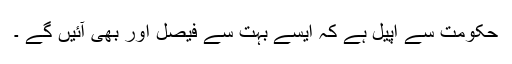
حکومت سے اپیل ہے کہ ایسے بہت سے فیصل اور بھی آئیں گے ۔